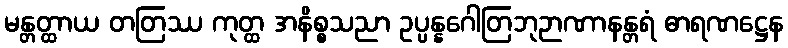
မန္တတ္ထာယ တတြဿ ကုတ္ထ အနိစ္စသညာ ဥပ္ပန္နဂေါတြဘုဉာဏာနန္တရံ ဓာရဏဋ္ဌေန